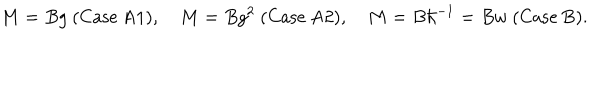
M = B g \ \mathrm { ( C a s e ~ A 1 ) } , \quad M = B g ^ { 2 } \ \mathrm { ( C a s e ~ A 2 ) } , \quad M = B \hbar ^ { - 1 } = B w \ \mathrm { ( C a s e ~ B ) } .